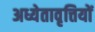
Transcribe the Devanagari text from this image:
अध्येतावृत्तियों